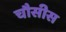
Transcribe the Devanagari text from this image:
चौसीस